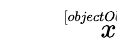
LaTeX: \sqrt[[objectObject]]{x}